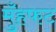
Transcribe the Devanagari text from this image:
मुँहफट